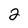
Character: 2